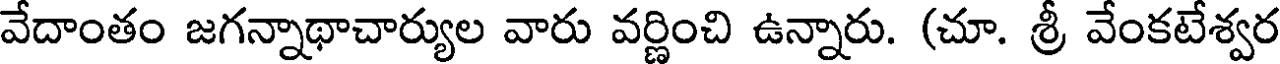
వేదాంతం జగన్నాథాచార్యుల వారు వర్ణించి ఉన్నారు. (చూ. శ్రీ వేంకటేశ్వర